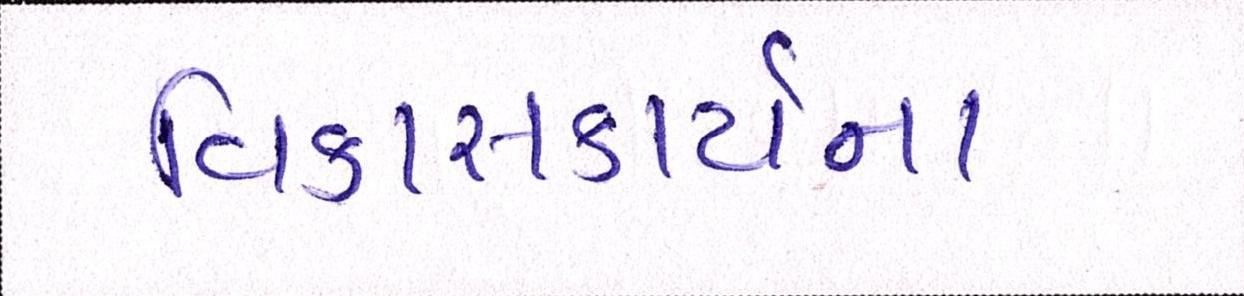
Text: વિકાસકાર્યના